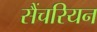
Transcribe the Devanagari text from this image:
सैंचरियन